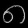
Digit: ၈